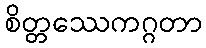
စိတ္တဿေကဂ္ဂတာ